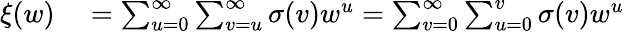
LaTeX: \begin{array}{rl}{\xi(w)}&{{}=\sum_{u=0}^{\infty}\sum_{v=u}^{\infty}\sigma(v)w^{u}=\sum_{v=0}^{\infty}\sum_{u=0}^{v}\sigma(v)w^{u}}\end{array}